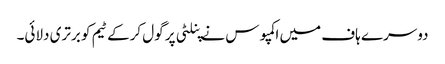
دوسرے ہاف میں اکمپوس نے پنلٹی پر گول کرکے ٹیم کو برتری دلائی۔